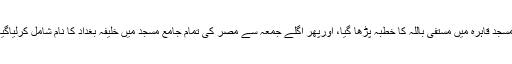
اس حکم کی تعمیل میںمحرم کے پہلے جمعہ میں جامع مسجد قاہرہ میں مستفی باللہ کا خطبہ پڑھا گیا، اورپھر اگلے جمعہ سے مصر کی تمام جامع مسجد میں خلیفہ بغداد کا نام شامل کرلیاگیا، اسی ماہ میں ابومحمد چشتیؒ اس دنیا میں تشریف لائے۔